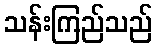
သန်းကြည်သည်